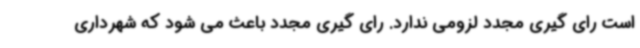
است رای گیری مجدد لزومی ندارد. رای گیری مجدد باعث می شود که شهرداری